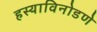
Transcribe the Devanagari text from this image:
हस्याविनोडणे